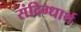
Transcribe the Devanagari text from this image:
संदिग्धार्थ